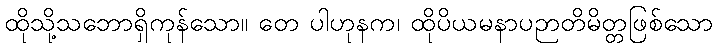
ထိုသို့သဘောရှိကုန်သော။ တေ ပါဟုနက၊ ထိုပိယမနာပဉာတိမိတ္တဖြစ်သော